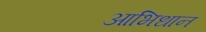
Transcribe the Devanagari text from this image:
आभिधान